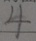
4